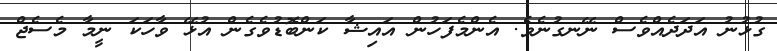
ގުޅުނު އަދަދެއްވެސް ނޭނގުނެވެ. އެންމެފަހުން އައިޝާ ކަންބޮޑުވެގެން އުޅޭ ވާހަކަ ނީމާ މެސެޖް